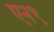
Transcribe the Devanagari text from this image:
एन९